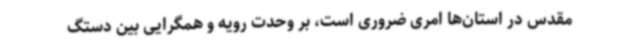
مقدس در استان‌ها امری ضروری‌ است، بر وحدت رویه و همگرایی بین دستگ